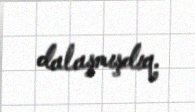
dalaşmışdıq.